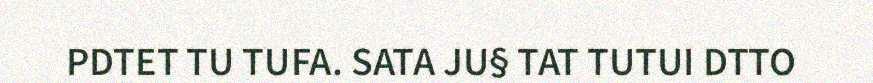
PDTET TU TUFA. SATA JU§ TAT TUTUI DTTO